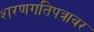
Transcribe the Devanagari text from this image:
शरणगतिपत्रावर